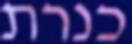
כנרת